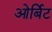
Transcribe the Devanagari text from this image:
ओर्बिट